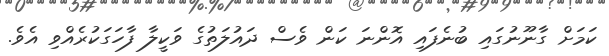
ކަމަށް ގާނޫނުގައި ބުނެފައި އޮންނަ ކަން ވެސް ދައުލަތުގެ ވަކީލާ ފާހަގަކުރެއްވި އެވެ.